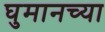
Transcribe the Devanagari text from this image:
घुमानच्या